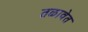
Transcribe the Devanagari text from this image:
तळावेत